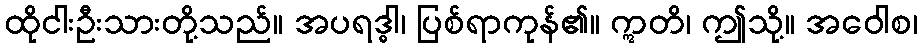
ထိုငါးဦးသားတို့သည်။ အပရဒ္ဓါ၊ ပြစ်ရာကုန်၏။ ဣတိ၊ ဤသို့။ အဝေါစ၊